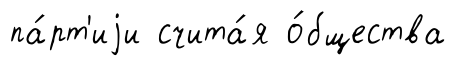
па́рт'иjи счита́я о́бщества